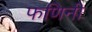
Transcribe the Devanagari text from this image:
फणिनी